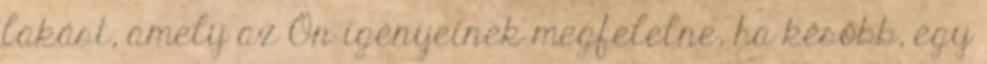
lakást, amely az Ön igényeinek megfelelne, ha később, egy